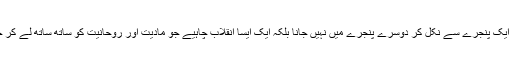
ہمیں ایک پنجرے سے نکل کر دوسرے پنجرے میں نہیں جانا بلکہ ایک ایسا انقلاب چاہیے جو مادیت اور روحانیت کو ساتھ ساتھ لے کر چلے۔